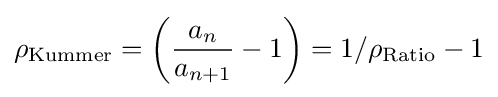
\rho _{\text{Kummer}}=\left({\frac {a_{n}}{a_{n+1}}}-1\right)=1/\rho _{\text{Ratio}}-1